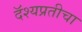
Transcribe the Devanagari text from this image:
दॅश्यप्रतीचा